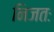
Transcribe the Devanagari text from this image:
निजतः